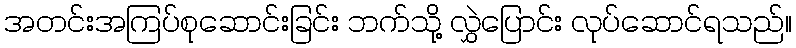
အတင်းအကြပ်စုဆောင်းခြင်း ဘက်သို့ လွှဲပြောင်း လုပ်ဆောင်ရသည်။